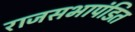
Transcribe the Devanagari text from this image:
राजसभापंडित